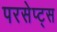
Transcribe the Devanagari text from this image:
परसेप्ट्स